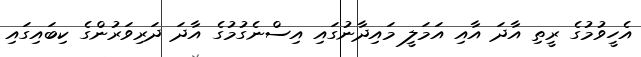
އެހީވުމުގެ ރީތި އާދަ އާއި އަމަލީ މައިދާނުގައި އިސްނެގުމުގެ އާދަ ދަރިވަރުންގެ ކިބައިގައި